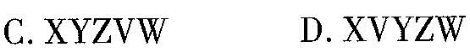
C.XYZVW D.XVYZW